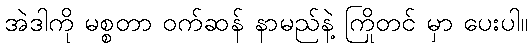
အဲဒါကို မစ္စတာ ဝက်ဆန် နာမည်နဲ့ ကြိုတင် မှာ ပေးပါ။